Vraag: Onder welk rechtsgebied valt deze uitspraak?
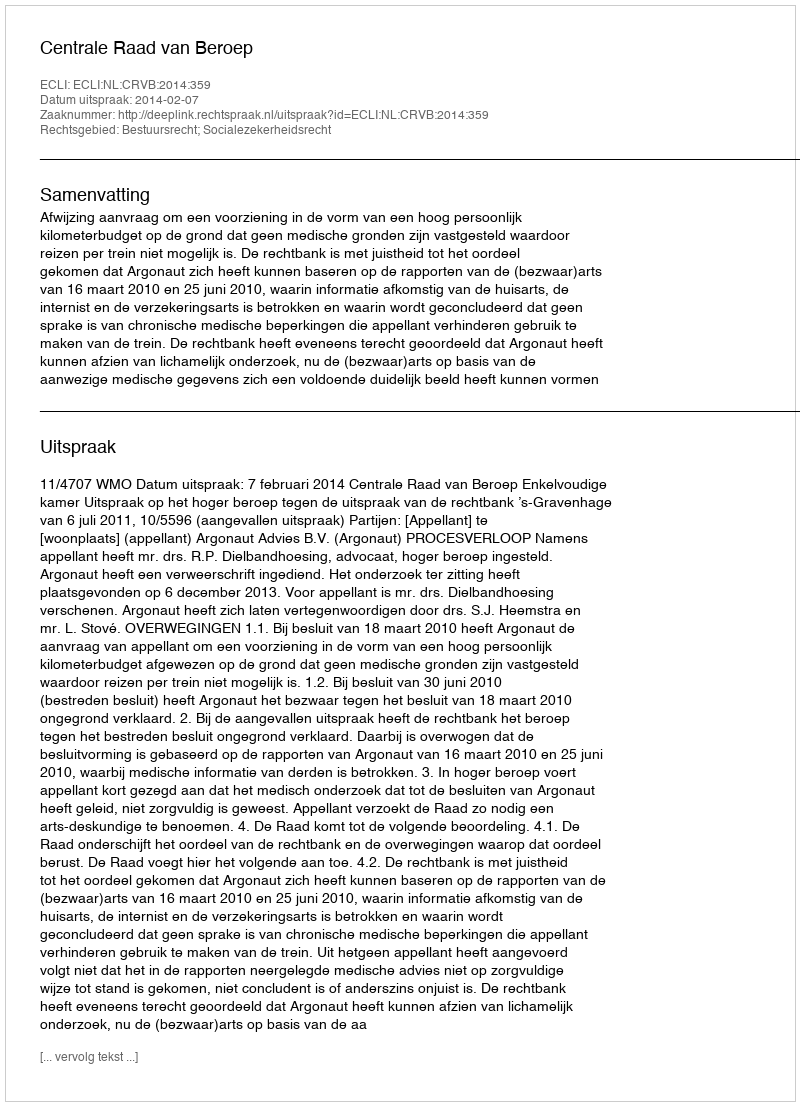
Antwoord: Bestuursrecht; Socialezekerheidsrecht